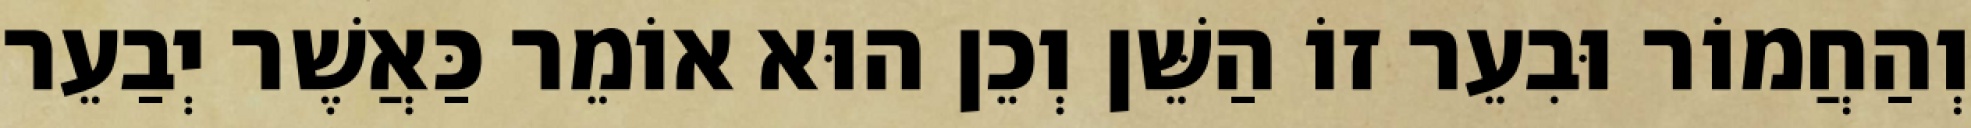
וְהַחֲמוֹר וּבִעֵר זוֹ הַשֵּׁן וְכֵן הוּא אוֹמֵר כַּאֲשֶׁר יְבַעֵר